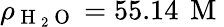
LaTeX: \rho_{\mathrm{~H~}_{2}\mathrm{~O~}}=55.14\, \mathrm{~M~}